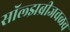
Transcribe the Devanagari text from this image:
सॉल्झब्रीजवळच